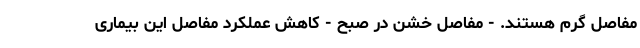
مفاصل گرم هستند. - مفاصل خشن در صبح - کاهش عملکرد مفاصل این بیماری